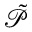
\Tilde { \mathcal P }